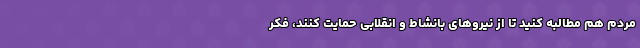
مردم هم مطالبه کنید تا از نیروهای بانشاط و انقلابی حمایت کنند، فکر